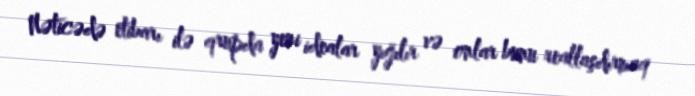
Nəticədə etibarı ilə qrupda yeni idealar yığılır və onlar bunu reallaşdırmaq